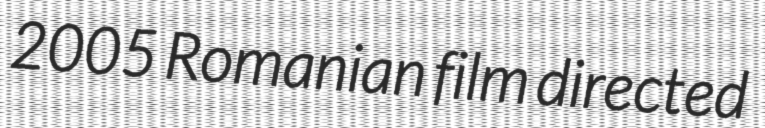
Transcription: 2005 Romanian film directed